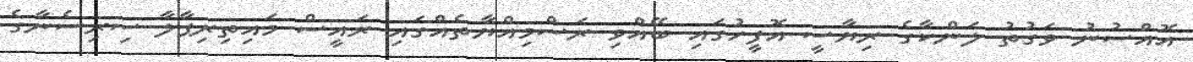
އޮއްސުނު ވަގުތު ލަންކާގެ ރިޔާސީ އޮފީހުގައި ބޭއްވި ރަސްމިއްޔާތެއްގައި ރައީސް މައިތިރިޕާލާ ސިރިސެނާގެ